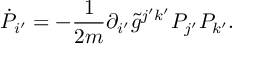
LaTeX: \dot { P } _ { i ^ { \prime } } = - \frac { 1 } { 2 m } \partial _ { i ^ { \prime } } \tilde { g } ^ { j ^ { \prime } k ^ { \prime } } P _ { j ^ { \prime } } P _ { k ^ { \prime } } .